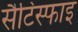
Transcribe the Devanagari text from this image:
सैटिस्फाइ